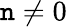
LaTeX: \mathtt{n}\neq0